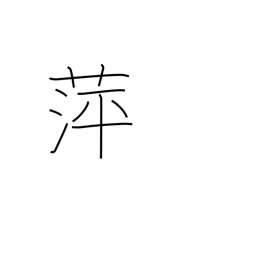
Meaning: floating plants